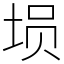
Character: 埙